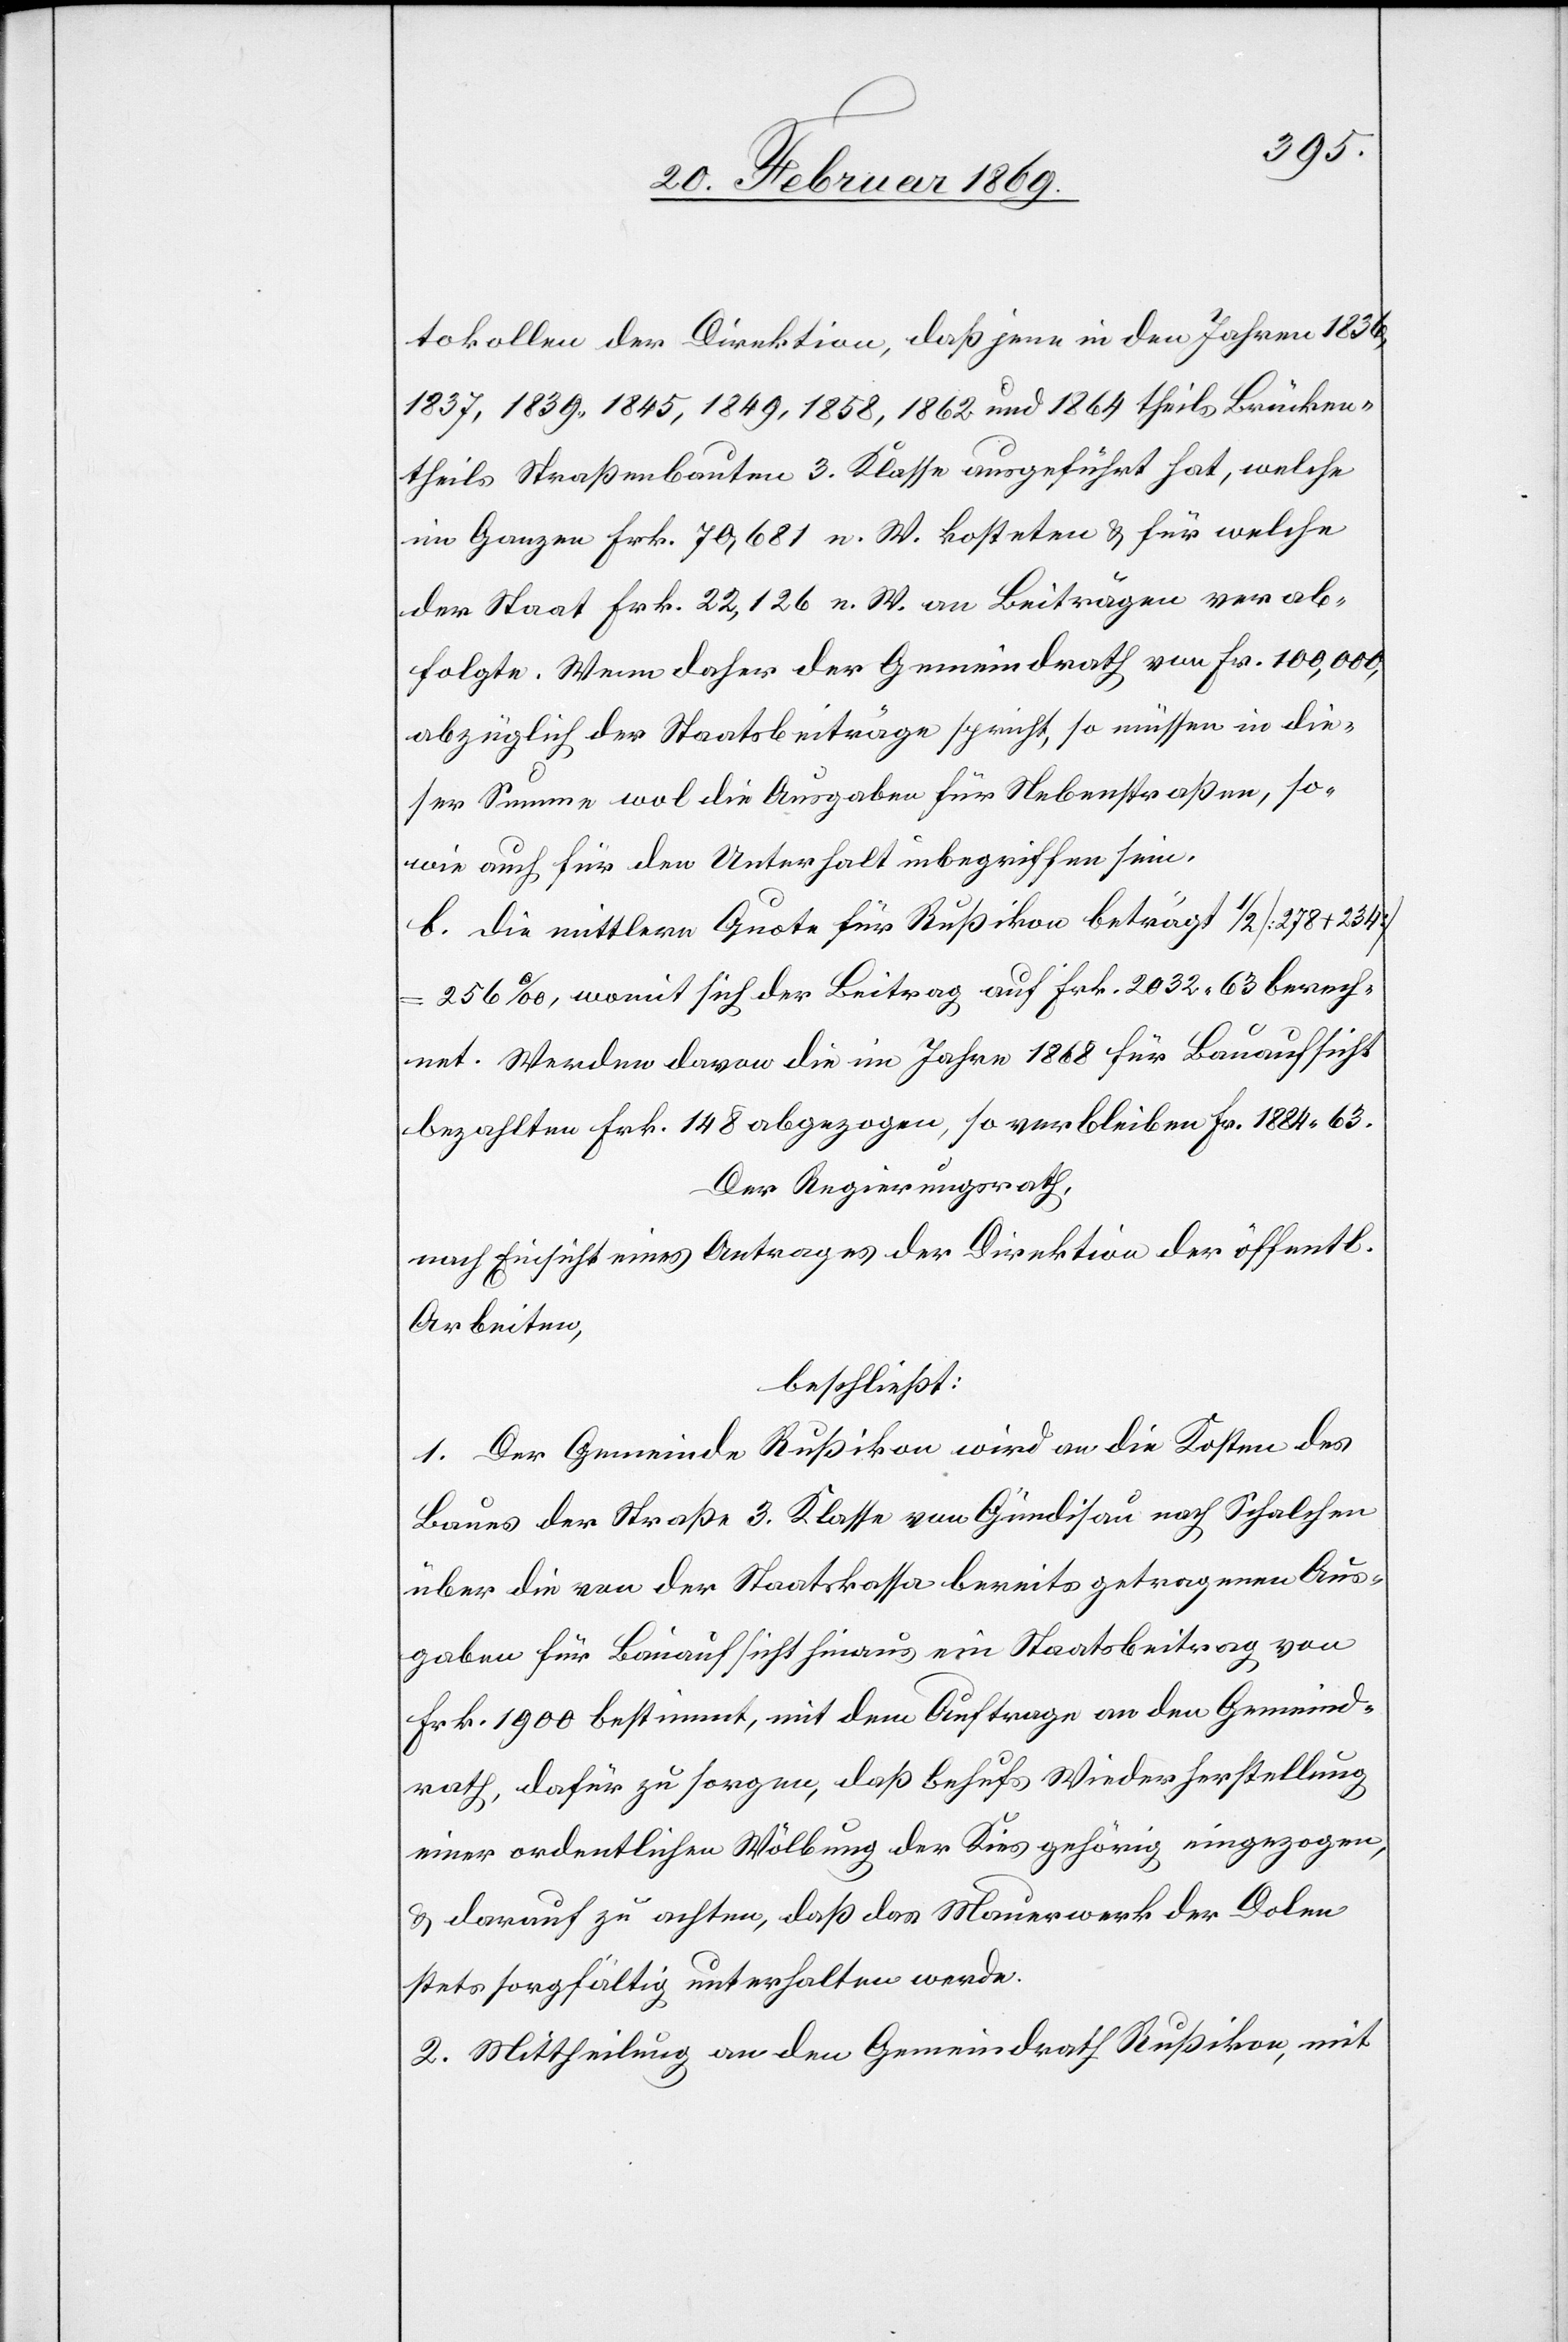
tokollen der Direktion, daß jene in den Jahren
1836,1837,1839.1845,1849,1858,1862 und 1864 theils Brücken
theils Straßenbauten 3. Klasse ausgeführt hat, welche
im Ganzen Frk. 70,681 n. W. kosteten u. für welche
der Staat Frk. 22,126 n. W. an Beiträgen verab¬
folgte. Wenn daher der Gemeindrath von Fr. 100,000,
abzüglich der Staatsbeiträge spricht, so müssen in die¬
ser Summe wol die Ausgaben für Nebenstraßen, so¬
wie auch für den Unterhalt inbegriffen sein.
b. Die mittlere Quote für Rußikon beträgt 1/2 [278 + 234]
256‰, womit sich der Beitrag auf Frk. 2032 63 berech¬
net. Werden davon die im Jahre 1868 für Bauaufsicht
bezahlten Frk. 148 abgezogen, so verbleiben Fr. 1884 63.
Der Regierungsrath,
nach Einsicht eines Antrages der Direktion der öff.
Arbeiten,
beschließt:
1. Der Gemeinde Rußikon wird an die Kosten des
Baues der Straße 3. Klasse von Gündisau nach Schalchen
über die von der Staatskassa bereits getragenen Aus¬
gaben für Bauaufsicht hinaus ein Staatsbeitrag von
Frk. 1900 bestimmt, mit dem Auftrage an den Gemeind¬
rath, dafür zu sorgen, daß behufs Wiederherstellung
einer ordentlichen Wölbung der Kies gehörig eingezogen,
& darauf zu achten, daß das Mauerwerk der Dolen
stets sorgfältig unterhalten werde.
2. Mittheilung an den Gemeindrath Rußikon, mit